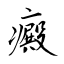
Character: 癜